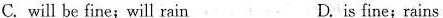
C. will be fine;will rain D.is fine;rains